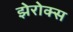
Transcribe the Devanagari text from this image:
झेरोक्स